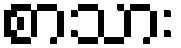
စာသား